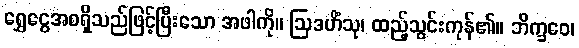
ရွှေငွေအစရှိသည်ဖြင့်ပြီးသော အဖါကို။ ဩဒဟိံသု၊ ထည့်သွင်းကုန်၏။ ဘိက္ခဝေ၊